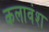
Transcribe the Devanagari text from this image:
कलावंश